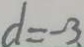
d = - 3